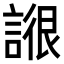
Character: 𧩺